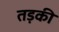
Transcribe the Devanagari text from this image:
तड़की